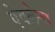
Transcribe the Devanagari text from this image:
ऐवलैन्च